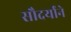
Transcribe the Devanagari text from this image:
सौदर्यांने